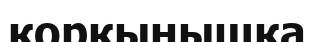
қорқынышқа